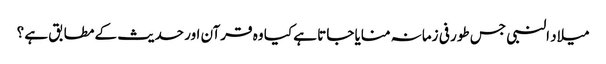
میلاد النبی جس طور فی زمانہ منایا جاتا ہے کیا وہ قرآن اور حدیث کے مطابق ہے ؟